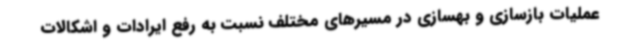
عملیات بازسازی و بهسازی در مسیرهای مختلف نسبت به رفع ایرادات و اشکالات